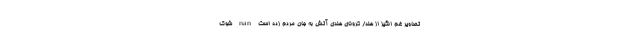
تصاویر غم انگیز از هند/ کرونای هندی آتش به جان مردم زده است nan شوک‌